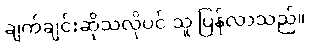
ချက်ချင်းဆိုသလိုပင် သူ ပြန်လာသည်။